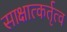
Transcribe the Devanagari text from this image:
साक्षात्कर्तृत्व